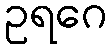
ဥရဂေ